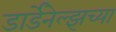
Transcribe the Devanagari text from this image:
डार्डेनेल्झच्या